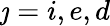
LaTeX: \jmath=i,e,d